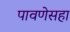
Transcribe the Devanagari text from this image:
पावणेसहा